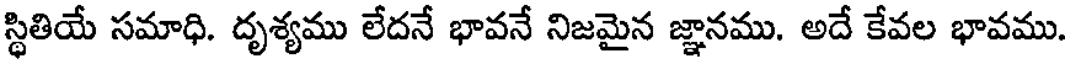
స్థితియే సమాధి. దృశ్యము లేదనే భావనే నిజమైన జ్ఞానము. అదే కేవల భావము.